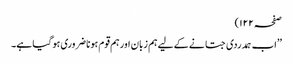
صفحہ ۱۲۲)
’’اب ہمدردی جتانے کے لیے ہم زبان اور ہم قوم ہونا ضروری ہو گیا ہے۔